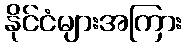
နိုင်ငံများအကြား